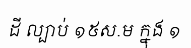
ដី ល្បាប់ ១៥ស.ម ក្នុង ១